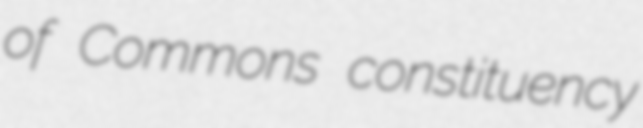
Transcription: of Commons constituency